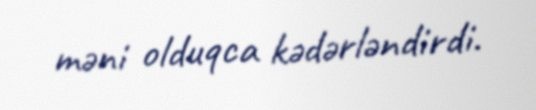
məni olduqca kədərləndirdi.